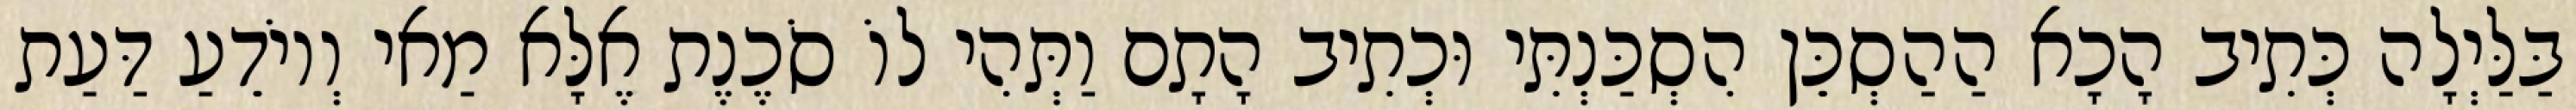
בַּלַּיְלָה כְּתִיב הָכָא הַהַסְכֵּן הִסְכַּנְתִּי וּכְתִיב הָתָם וַתְּהִי לוֹ סֹכֶנֶת אֶלָּא מַאי וְיוֹדֵעַ דַּעַת